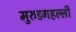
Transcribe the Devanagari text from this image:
मुरुडगहल्ली